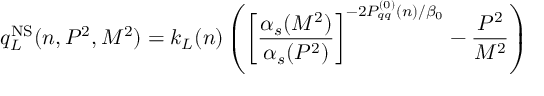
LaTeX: q _ { L } ^ { \mathrm { N S } } ( n , P ^ { 2 } , M ^ { 2 } ) = k _ { L } ( n ) \left( \left[ \frac { \alpha _ { s } ( M ^ { 2 } ) } { \alpha _ { s } ( P ^ { 2 } ) } \right] ^ { - 2 P _ { q q } ^ { ( 0 ) } ( n ) / \beta _ { 0 } } - \frac { P ^ { 2 } } { M ^ { 2 } } \right)